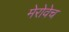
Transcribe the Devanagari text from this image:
मेरोवेच